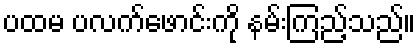
ပထမ ပလက်ဖောင်းကို နမ်းကြည့်သည်။